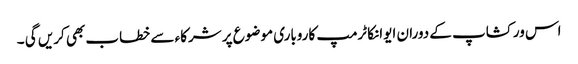
اس ورکشاپ کے دوران ایوانکا ٹرمپ کاروباری موضوع پر شرکاء سے خطاب بھی کریں گی ۔